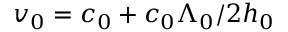
v _ { 0 } = c _ { 0 } + c _ { 0 } \Lambda _ { 0 } / 2 h _ { 0 }